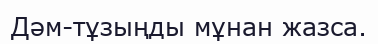
Дәм-тұзыңды мұнан жазса.